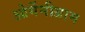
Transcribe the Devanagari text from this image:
ओर्गेनीग्राम